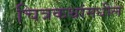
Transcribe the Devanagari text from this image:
चित्रकथांमधील